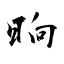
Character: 晌